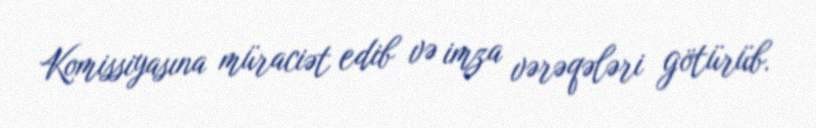
Komissiyasına müraciət edib və imza vərəqələri götürüb.